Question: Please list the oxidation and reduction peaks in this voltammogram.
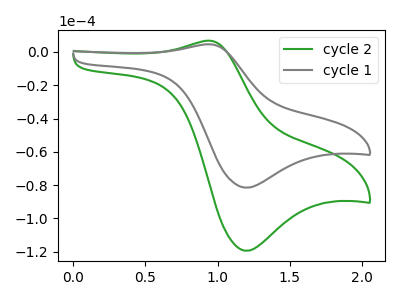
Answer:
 <answer>The green curve "cycle 2" has an anodic peak at (0.95V, 6.75uA) and a cathodic peak at (1.20V, -119.45uA). The gray curve "cycle 1" has an anodic peak at (0.95V, 4.60uA) and a cathodic peak at (1.20V, -81.50uA).</answer>
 <eval></eval>